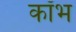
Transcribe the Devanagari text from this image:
कॉभ